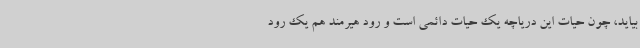
بیاید، چون حیات این دریاچه یک حیات دائمی است و رود هیرمند هم یک رود